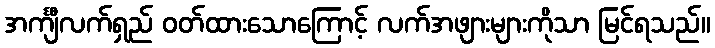
အင်္ကျီလက်ရှည် ဝတ်ထားသောကြောင့် လက်အဖျားများကိုသာ မြင်ရသည်။